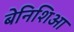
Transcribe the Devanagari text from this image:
बेनिशिआ